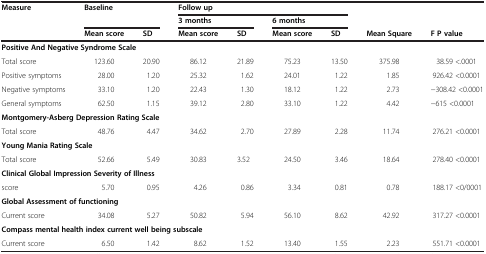
<table><thead><tr><td><b>Measure</b></td><td colspan="2"><b>Baseline</b></td><td colspan="4"><b>Follow up</b></td><td><b> </b></td><td><b> </b></td></tr><tr><td><b> </b></td><td><b> </b></td><td><b> </b></td><td colspan="2"><b>3 months</b></td><td colspan="2"><b>6 months</b></td><td><b> </b></td><td><b> </b></td></tr><tr><td><b> </b></td><td><b>Mean score</b></td><td><b>SD</b></td><td><b>Mean score</b></td><td><b>SD</b></td><td><b>Mean score</b></td><td><b>SD</b></td><td><b>Mean Square</b></td><td><b>F P value</b></td></tr></thead><tbody><tr><td colspan="9"><b>Positive And Negative Syndrome Scale</b></td></tr><tr><td>Total score</td><td>123.60</td><td>20.90</td><td>86.12</td><td>21.89</td><td>75.23</td><td>13.50</td><td>375.98</td><td>38.59 &lt;.0001</td></tr><tr><td>Positive symptoms</td><td>28.00</td><td>1.20</td><td>25.32</td><td>1.62</td><td>24.01</td><td>1.22</td><td>1.85</td><td>926.42 &lt;0.0001</td></tr><tr><td>Negative symptoms</td><td>33.10</td><td>1.20</td><td>22.43</td><td>1.30</td><td>18.12</td><td>1.22</td><td>2.73</td><td>−308.42 &lt;0.0001</td></tr><tr><td>General symptoms</td><td>62.50</td><td>1.15</td><td>39.12</td><td>2.80</td><td>33.10</td><td>1.22</td><td>4.42</td><td>−615 &lt;0.0001</td></tr><tr><td colspan="9"><b>Montgomery-Asberg Depression Rating Scale</b></td></tr><tr><td>Total score</td><td>48.76</td><td>4.47</td><td>34.62</td><td>2.70</td><td>27.89</td><td>2.28</td><td>11.74</td><td>276.21 &lt;0.0001</td></tr><tr><td colspan="9"><b>Young Mania Rating Scale</b></td></tr><tr><td>Total score</td><td>52.66</td><td>5.49</td><td>30.83</td><td>3.52</td><td>24.50</td><td>3.46</td><td>18.64</td><td>278.40 &lt;0.0001</td></tr><tr><td colspan="9"><b>Clinical Global Impression Severity of Illness</b></td></tr><tr><td>score</td><td>5.70</td><td>0.95</td><td>4.26</td><td>0.86</td><td>3.34</td><td>0.81</td><td>0.78</td><td>188.17 &lt;0/0001</td></tr><tr><td colspan="9"><b>Global Assessment of functioning</b></td></tr><tr><td>Current score</td><td>34.08</td><td>5.27</td><td>50.82</td><td>5.94</td><td>56.10</td><td>8.62</td><td>42.92</td><td>317.27 &lt;0.0001</td></tr><tr><td colspan="9"><b>Compass mental health index current well being subscale</b></td></tr><tr><td>Current score</td><td>6.50</td><td>1.42</td><td>8.62</td><td>1.52</td><td>13.40</td><td>1.55</td><td>2.23</td><td>551.71 &lt;0.0001</td></tr></tbody></table>